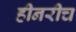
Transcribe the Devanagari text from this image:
हीनरीच